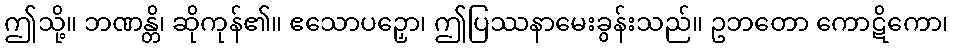
ဤသို့။ ဘဏန္တိ၊ ဆိုကုန်၏။ ဧသောပဉှော၊ ဤပြဿနာမေးခွန်းသည်။ ဥဘတော ကောဋိကော၊